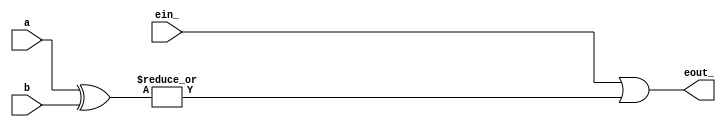
// This code is part of the model collection of AM29xx Bitslice devices
// Copyright (C) 2019  Holger Veit (hveit01@web.de)
//
//    This program is free software; you can redistribute it and/or modify
//    it under the terms of the GNU General Public License as published by
//    the Free Software Foundation; either version 3 of the License, or (at
//    your option) any later version.
//
//    This program is distributed in the hope that it will be useful, but
//    WITHOUT ANY WARRANTY; without even the implied warranty of
//    MERCHANTABILITY or FITNESS FOR A PARTICULAR PURPOSE. See the GNU
//    General Public License for more details.
//
//    You should have received a copy of the GNU General Public License
//    along with this program; if not, see <http://www.gnu.org/licenses/>.
//
//

// AM25LS2521 eight/N bit equal comparator
// use parameter WIDTH for different sizes
// for 2521 WIDTH=8

module am25ls2521(a, b, ein_, eout_);
parameter WIDTH=8;
input [WIDTH-1:0] a, b;
input ein_;
output eout_;

assign eout_ = ein_ | |(a ^ b);

endmodule